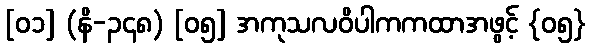
[၀၁] (နိ-၃၄၈) [၀၅] အကုသလဝိပါကကထာအဖွင့် {၀၅}